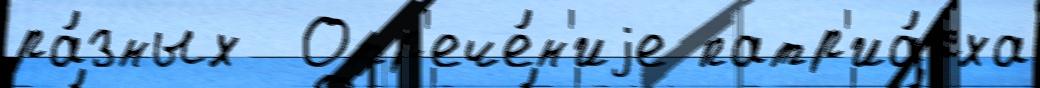
ра́зных  Отр'ече́н'иjе патр'иа́рха